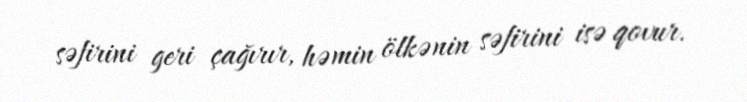
səfirini geri çağırır, həmin ölkənin səfirini isə qovur.